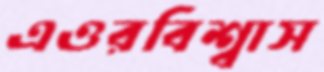
এওরবিশ্বাস